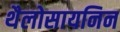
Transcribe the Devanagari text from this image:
थैलोसायनिन